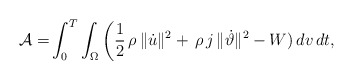
\begin{align*}\mathcal{A}=&\int_{0}^{T}\int_\Omega\bigg(\frac{1}{2}\,\rho\,\|\dot{u}\|^2+\,\rho\,j\,\|\dot{\vartheta}\|^2-W)\, dv\,dt,\end{align*}